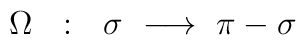
\Omega~~:~~\sigma~\longrightarrow~\pi-\sigma